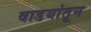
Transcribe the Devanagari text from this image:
वाडयांतून